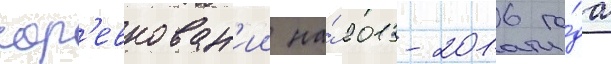
сор'евнован'ии на́ 2013-2016 го́да